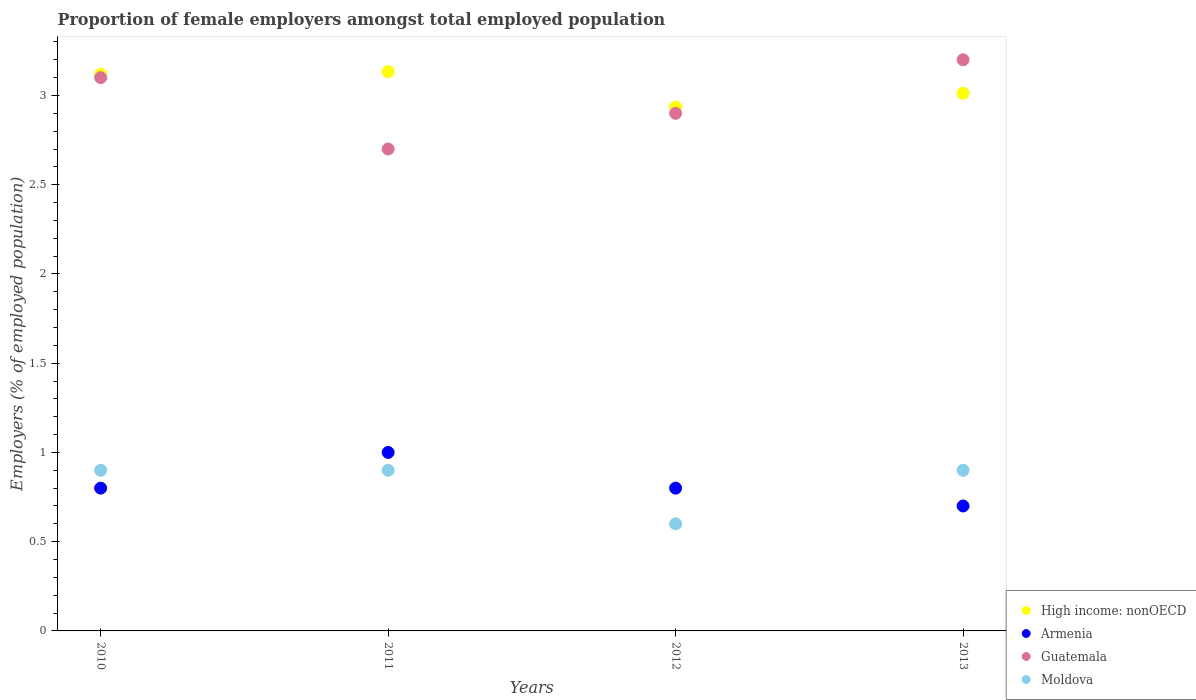
| Years | High income: nonOECD | Armenia | Guatemala | Moldova |
 | --- | --- | --- | --- | --- |
 | 2010 | 3.12 | 0.8 | 3.1 | 0.9 |
 | 2011 | 3.13 | 1 | 2.7 | 0.9 |
 | 2012 | 2.94 | 0.8 | 2.9 | 0.6 |
 | 2013 | 3.01 | 0.7 | 3.2 | 0.9 |